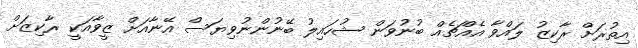
އިތުރަށް ރާކިޒު ލައްވާ އެއްޗެއް ބުނުވަން ޝުހައިލު ބޭނުންނުވިޔަސް އޭނާއަށް ޒީވާއަކީ ރާކިޒަށް